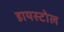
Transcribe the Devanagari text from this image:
डायस्टोल